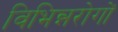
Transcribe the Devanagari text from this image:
विभिन्नरोगों